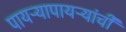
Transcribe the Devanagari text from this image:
पायऱ्यापायऱ्यांची